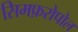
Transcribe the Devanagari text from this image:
सिमफ़रोपोल